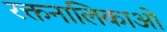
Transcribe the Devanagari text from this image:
रक्तनालिकाओं